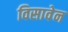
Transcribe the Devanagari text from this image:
विसावेन